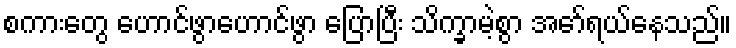
စကားတွေ ဟောင်ဖွာဟောင်ဖွာ ပြောပြီး သိက္ခာမဲ့စွာ အော်ရယ်နေသည်။